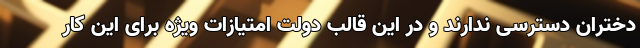
دختران دسترسی ندارند و در این قالب دولت امتیازات ویژه برای این کار